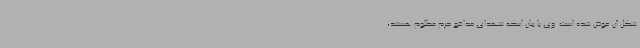
شکل آن عوض شده است. وی با بیان اینکه شهدای مدافع حرم مظلوم هستند،